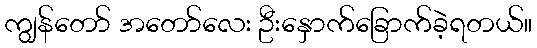
ကျွန်တော် အတော်လေး ဦးနှောက်ခြောက်ခဲ့ရတယ်။